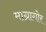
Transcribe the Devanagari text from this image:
माग्रागोर